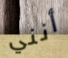
أنني